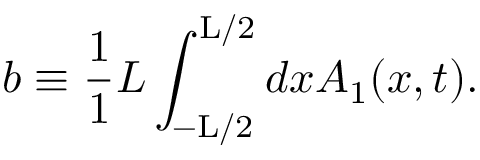
b \equiv \frac { 1 } { 1 } { L } \int _ { - \mathrm { L } / 2 } ^ { \mathrm { L } / 2 } d x A _ { 1 } ( x , t ) .